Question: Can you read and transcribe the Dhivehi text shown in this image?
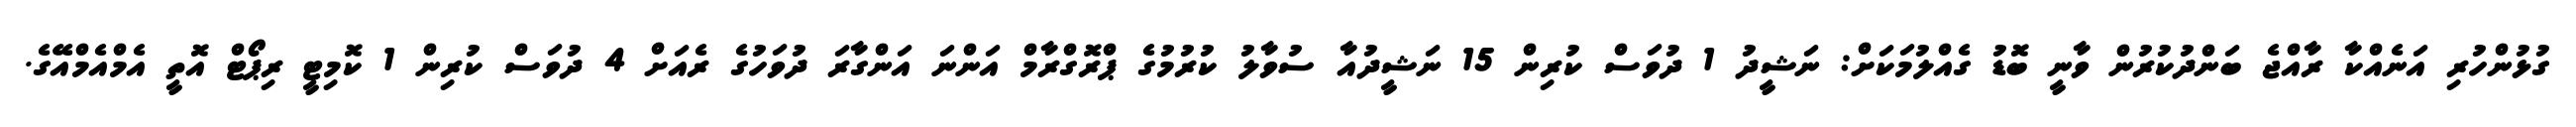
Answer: ގުޅުންހުރި އަނެއްކާ ރާއްޖެ ބަންދުކުރުން ވާނީ ބޮޑު ގެއްލުމަކަށް: ނަޝީދު 1 ދުވަސް ކުރިން 15 ނަޝީދުއާ ސުވާލު ކުރުމުގެ ޕްރޮގްރާމް އަންނަ އަންގާރަ ދުވަހުގެ ރެއަށް 4 ދުވަސް ކުރިން 1 ކޮމިޓީ ރިޕޯޓް އޮތީ އެމްއެމްއޭގެ.